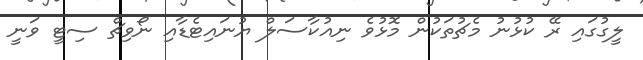
ލީގުގައި ރޭ ކުޅުނު މެޗުތަކުން މޮޅުވެ ނިއުކާސަލް ޔުނައިޓެޑާއި ނޯވިޗް ސިޓީ ވަނީ